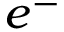
e ^ { - }